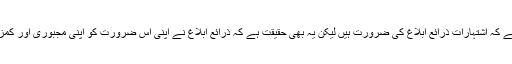
یہ بات صحیح ہے کہ اشتہارات ذرائع ابلاغ کی ضرورت ہیں لیکن یہ بھی حقیقت ہے کہ ذرائع ابلاغ نے اپنی اس ضرورت کو اپنی مجبوری اور کمزوری بنا لیا ہے۔